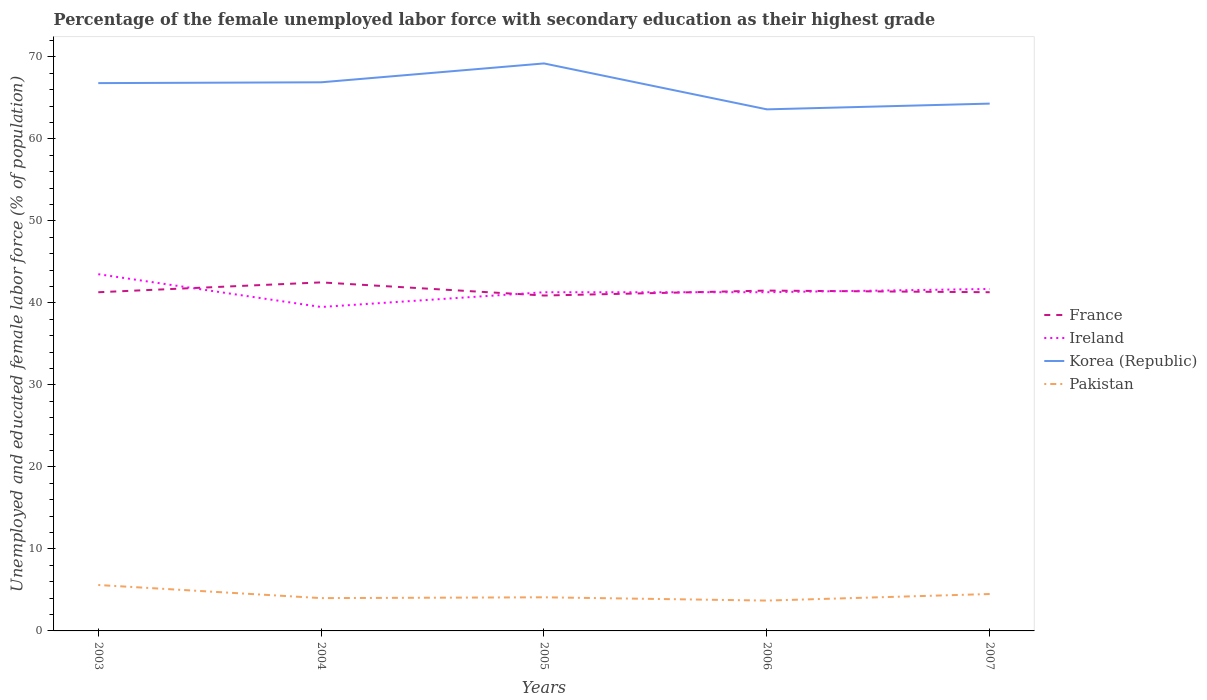
| Years | France | Ireland | Korea (Republic) | Pakistan |
 | --- | --- | --- | --- | --- |
 | 2003 | 41.3 | 43.5 | 66.8 | 5.6 |
 | 2004 | 42.5 | 39.5 | 66.9 | 4 |
 | 2005 | 40.9 | 41.3 | 69.2 | 4.1 |
 | 2006 | 41.5 | 41.3 | 63.6 | 3.7 |
 | 2007 | 41.3 | 41.7 | 64.3 | 4.5 |